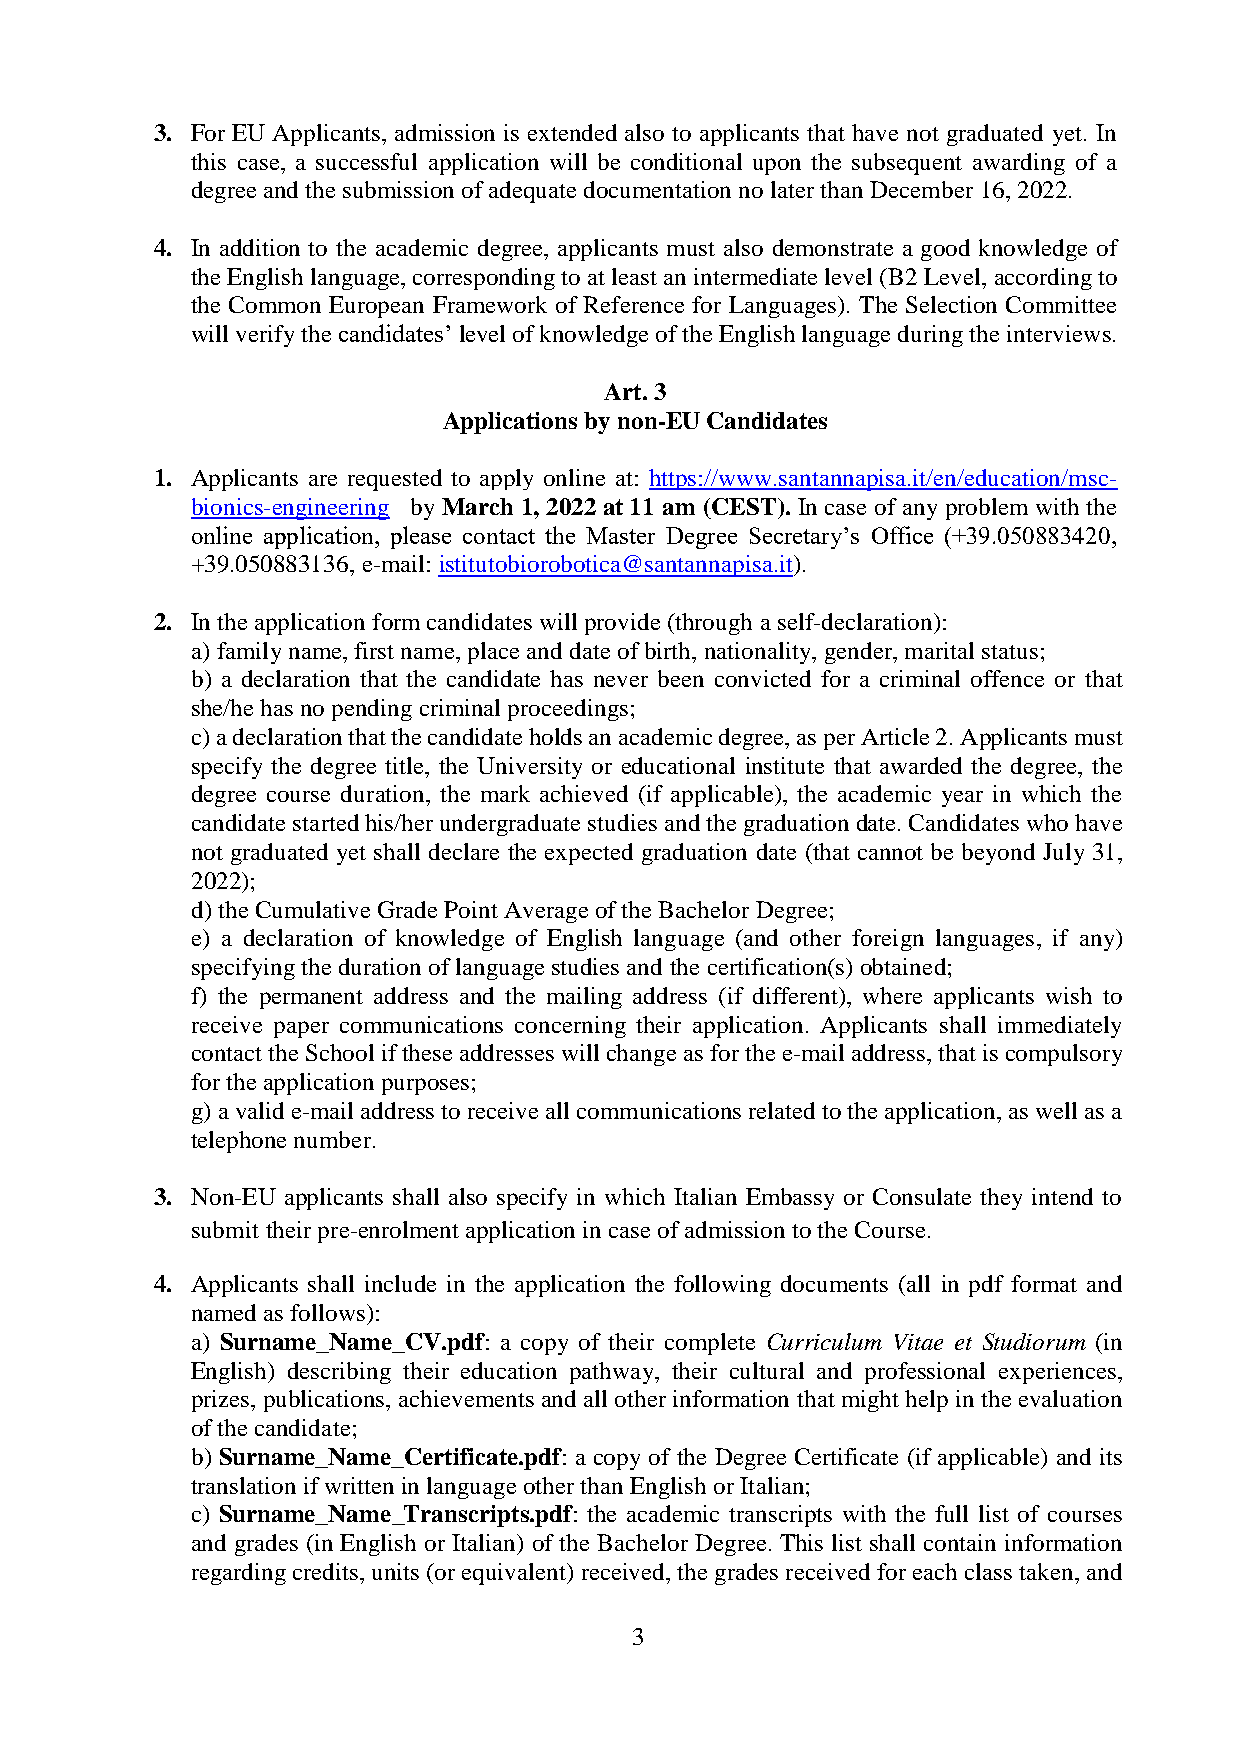
3. For EU Applicants, admission is extended also to applicants that have not graduated yet. In
 this case, a successful application will be conditional upon the subsequent awarding of a
 degree and the submission of adequate documentation no later than December 16, 2022.
 4. In addition to the academic degree, applicants must also demonstrate a good knowledge of
 the English language, corresponding to at least an intermediate level (B2 Level, according to
 the Common European Framework of Reference for Languages). The Selection Committee
 will verify the candidates’ level of knowledge of the English language during the interviews.
 Art. 3
 Applications by non-EU Candidates
 1. Applicants are requested to apply online at: https://www.santannapisa.it/en/education/msc-
 bionics-engineering by March 1, 2022 at 11 am (CEST). In case of any problem with the
 online application, please contact the Master Degree Secretary’s Office (+39.050883420,
 +39.050883136, e-mail: istitutobiorobotica@santannapisa.it).
 2. In the application form candidates will provide (through a self-declaration):
 a) family name, first name, place and date of birth, nationality, gender, marital status;
 b) a declaration that the candidate has never been convicted for a criminal offence or that
 she/he has no pending criminal proceedings;
 c) a declaration that the candidate holds an academic degree, as per Article 2. Applicants must
 specify the degree title, the University or educational institute that awarded the degree, the
 degree course duration, the mark achieved (if applicable), the academic year in which the
 candidate started his/her undergraduate studies and the graduation date. Candidates who have
 not graduated yet shall declare the expected graduation date (that cannot be beyond July 31,
 2022);
 d) the Cumulative Grade Point Average of the Bachelor Degree;
 e) a declaration of knowledge of English language (and other foreign languages, if any)
 specifying the duration of language studies and the certification(s) obtained;
 f) the permanent address and the mailing address (if different), where applicants wish to
 receive paper communications concerning their application. Applicants shall immediately
 contact the School if these addresses will change as for the e-mail address, that is compulsory
 for the application purposes;
 g) a valid e-mail address to receive all communications related to the application, as well as a
 telephone number.
 3. Non-EU applicants shall also specify in which Italian Embassy or Consulate they intend to
 submit their pre-enrolment application in case of admission to the Course.
 4. Applicants shall include in the application the following documents (all in pdf format and
 named as follows):
 a) Surname_Name_CV.pdf: a copy of their complete Curriculum Vitae et Studiorum (in
 English) describing their education pathway, their cultural and professional experiences,
 prizes, publications, achievements and all other information that might help in the evaluation
 of the candidate;
 b) Surname_Name_Certificate.pdf: a copy of the Degree Certificate (if applicable) and its
 translation if written in language other than English or Italian;
 c) Surname_Name_Transcripts.pdf: the academic transcripts with the full list of courses
 and grades (in English or Italian) of the Bachelor Degree. This list shall contain information
 regarding credits, units (or equivalent) received, the grades received for each class taken, and
 3